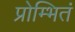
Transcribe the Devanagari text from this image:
प्रोम्भितं